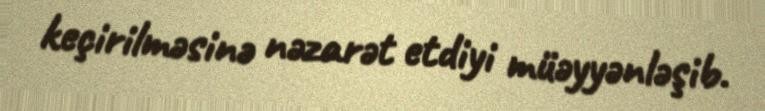
keçirilməsinə nəzarət etdiyi müəyyənləşib.